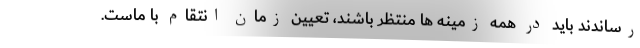
رساندند باید در همه زمینه ها منتظر باشند، تعیین زمان انتقام با ماست.